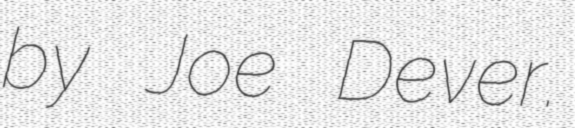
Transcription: by Joe Dever.